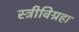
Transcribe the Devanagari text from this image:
स्त्रीविग्रहा